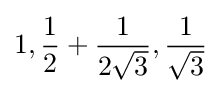
1,{\frac {1}{2}}+{\frac {1}{2{\sqrt {3}}}},{\frac {1}{\sqrt {3}}}